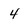
Character: 4